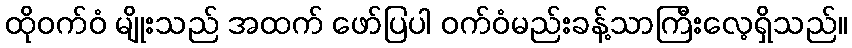
ထိုဝက်ဝံ မျိုးသည် အထက် ဖော်ပြပါ ဝက်ဝံမည်းခန့်သာကြီးလေ့ရှိသည်။